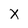
Character: X